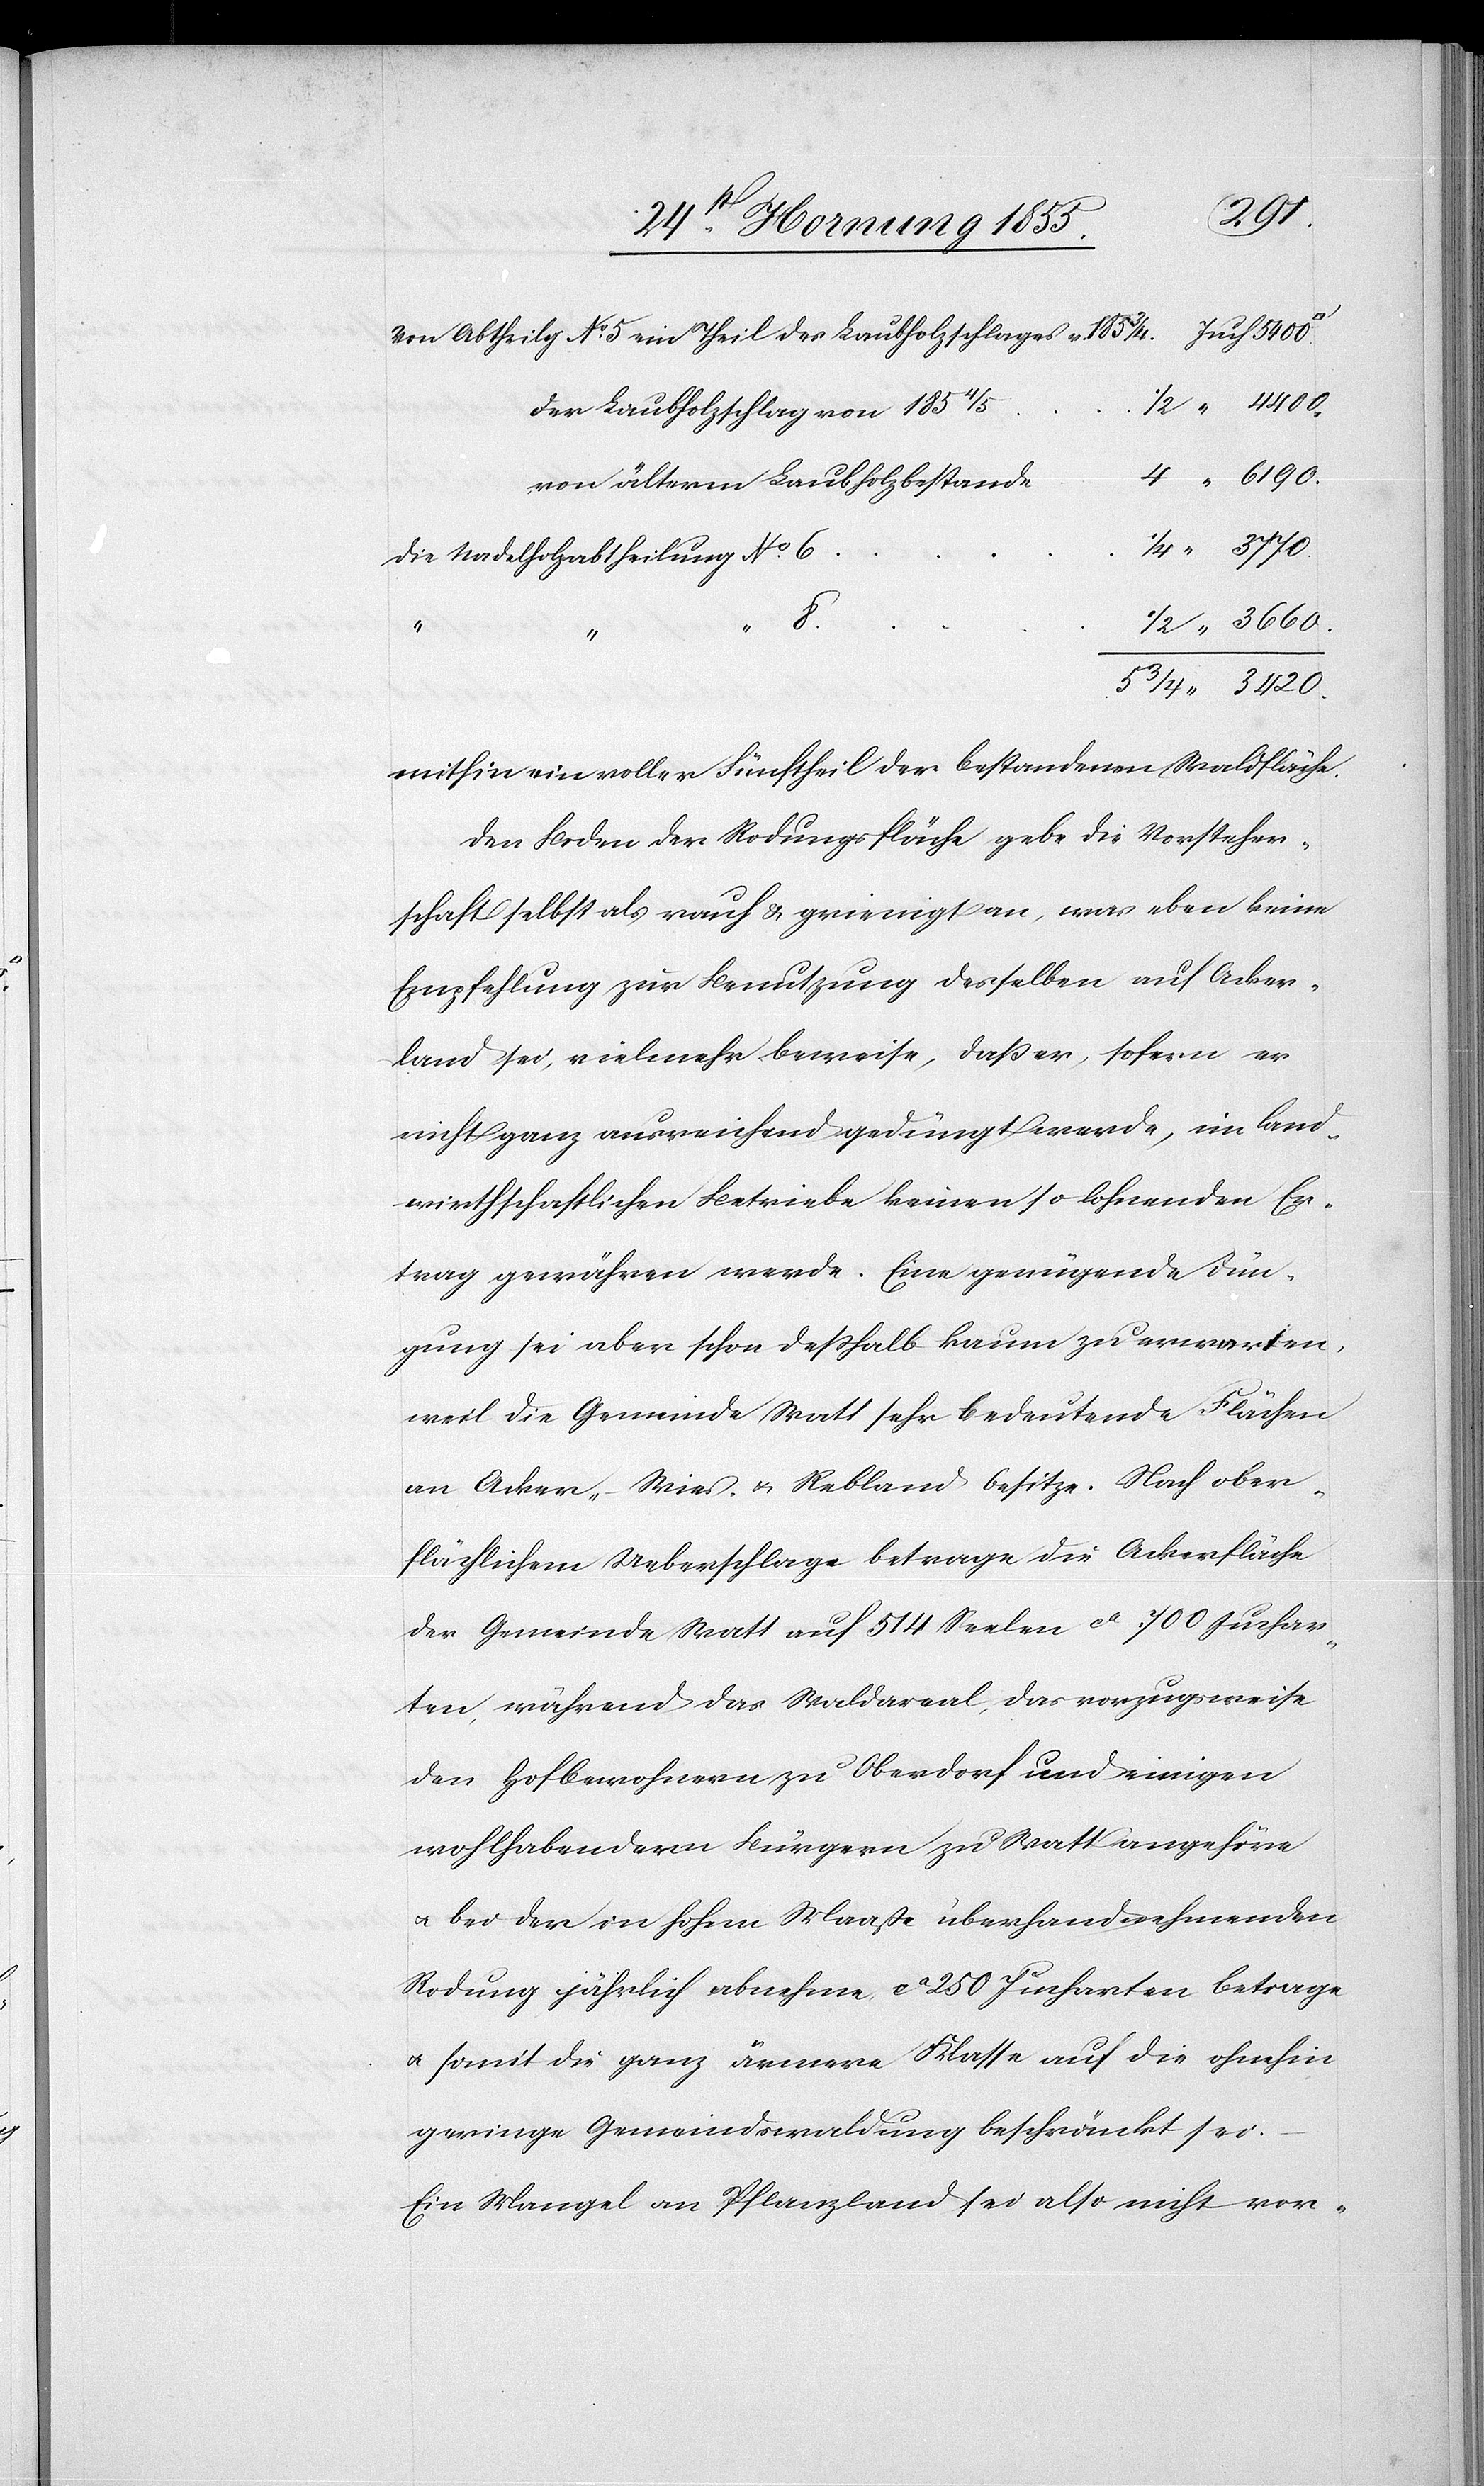
[Juch.] 6190.
von Abtheilg. No. 5 ein Theil des Laubholzschlages v. 1853/4.
1/2 “ 4400
der Laubholzschlag von 1854/5
von älterm Laubholzbestande
“ 3770
die Nadelholzabtheilung No. 6
8.
1/2 “ 3660.
4
5 3/4 “ 3420.
mithin ein voller Fünftheil der bestandenen Waldfläche.
Den Boden der Rodungsfläche gebe die Vorsteher¬
schaft selbst als rauh & grienigt an, was eben keine
Empfehlung zur Benutzung desselben auf Acker¬
land sei, vielmehr beweise, daß er, sofern er
nicht ganz ausreichend gedüngt werde, im land¬
wirthschaftlichen Betriebe keinen so lohnenden Er¬
trag gewähren werde. Eine genügende Dün¬
gung sei aber schon deßhalb kaum zu erwarten,
weil die Gemeinde Watt sehr bedeutende Flächen
an Acker-[,] Wies- & Rebland besitze. Nach ober¬
flächlichem Ueberschlage betrage die Ackerfläche
der Gemeinde Watt auf 514 Seelen ca 700 Juchar¬
ten, während das Waldareal, das vorzugsweise
den Hofbewohnern zu Oberdorf und einigen
wohlhabendern Bürgern zu Watt angehöre
& bei der in hohem Maaße überhand nehmenden
Rodung jährlich abnehme, ca 250 Jucharten betrage
& somit die ganz[e] ärmere Klasse auf die ohnehin
geringe Gemeindswaldung beschränkt sei.
Ein Mangel an Pflanzland sei also nicht vor-